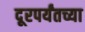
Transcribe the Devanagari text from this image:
दूरपर्यंतच्या